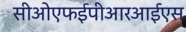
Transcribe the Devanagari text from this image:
सीओएफईपीआरआईएस